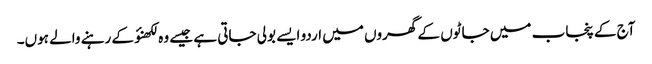
آج کے پنجاب میں جاٹوں کے گھروں میں اردو ایسے بولی جاتی ہے جیسے وہ لکھنؤ کے رہنے والے ہوں۔